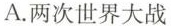
A.两次世界大战